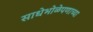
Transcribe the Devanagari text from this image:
साधेभोळेपणाच्या